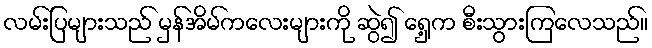
လမ်းပြများသည် မှန်အိမ်ကလေးများကို ဆွဲ၍ ရှေ့က စီးသွားကြလေသည်။